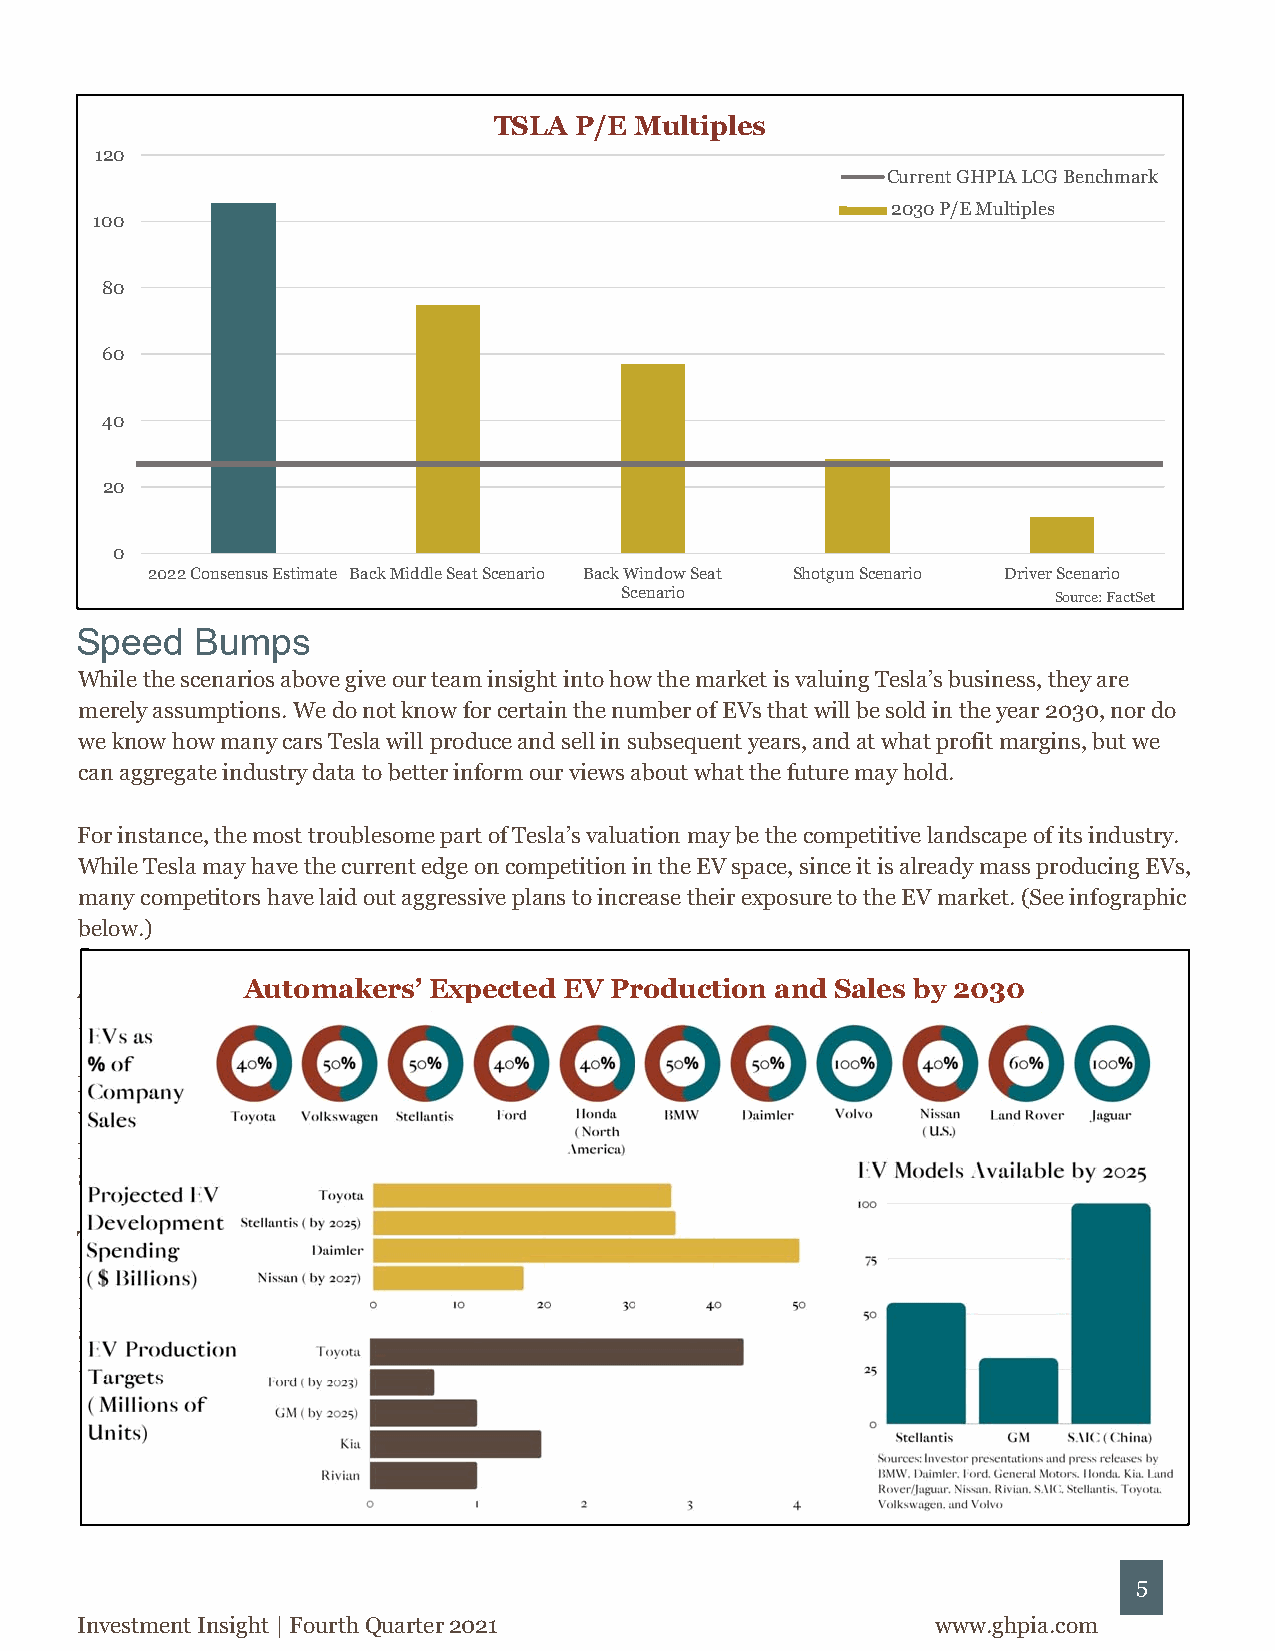
TSLA P/E Multiples
 120
 Current GHPIA LCG Benchmark
 2030 P/E Multiples
 100
 80
 60
 40
 20
 0
 2022 Consensus Estimate Back Middle Seat Scenario Back Window Seat Shotgun Scenario Driver Scenario
 Scenario                     Source: FactSet
 Speed   Bumps
 While the scenarios above give our team insight into how the market is valuing Tesla’s business, they are
 merely assumptions. We do not know for certain the number of EVs that will be sold in the year 2030, nor do
 we know how many cars Tesla will produce and sell in subsequent years, and at what profit margins, but we
 can aggregate industry data to better inform our views about what the future may hold.
 For instance, the most troublesome part of Tesla’s valuation may be the competitive landscape of its industry.
 While Tesla may have the current edge on competition in the EV space, since it is already mass producing EVs,
 many competitors have laid out aggressive plans to increase their exposure to the EV market. (See infographic
 below.)
 And these are jusAt uthteo wmella-eksetarbsli’s hEexdp meacntuefadc tEurVersP; rthoedseu dcattiao dno naont din cSluadlee psr objyec 2tio0n3s 0by such
 newcomers as Lucid, Polestar, and Fiskar.
 Based on last year’s sales data, Tesla competitors plan to produce more than 24 million EVs by the year 2030,
 which represents ~93% of IEA’s base case EV sales of 25.8 million. If those companies make good on their
 plans, they could squeeze Tesla into just 7% market share, less than half of the share it enjoys now in the EV
 space.
 Tesla faces other challenges besides fierce competition. To command more market share, Tesla will have to
 ramp up production capacity beyond its current level of just over 1 million units per year, which will require a
 massive influx of capital. There are also ongoing supply chain concerns, like the current chip shortage, as well
 as potential regulatory roadblocks. Musk himself presents a degree of management risk and has been party to
 numerous SEC investigations. Analysts must factor in all these risks when valuing a company like Tesla.
 5
 Investment Insight | Fourth Quarter 2021                 www.ghpia.com